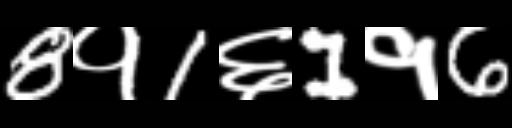
Text: 8१1६1१6